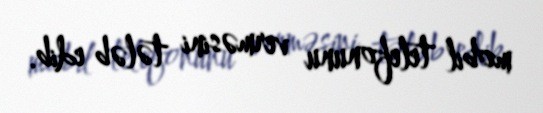
mobil telefonunu verməsini tələb edib.